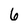
Character: 6